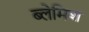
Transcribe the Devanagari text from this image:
ब्लेमिश